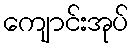
ကျောင်းအုပ်